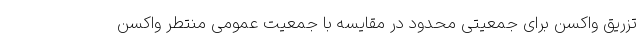
تزریق واکسن برای جمعیتی محدود در مقایسه با جمعیت عمومی منتطر واکسن